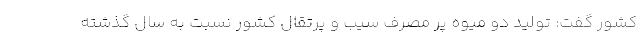
کشور گفت: تولید دو میوه پر مصرف سیب و پرتقال کشور نسبت به سال گذشته